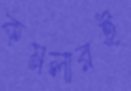
কমলারই